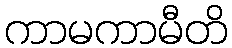
ကာမကာမီတိ